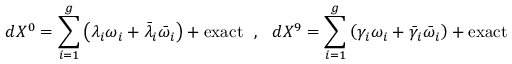
d X ^ { 0 } = \sum _ { i = 1 } ^ { g } \left( \lambda _ { i } \omega _ { i } + \bar { \lambda } _ { i } \bar { \omega } _ { i } \right) + \mathrm { e x a c t } ~ ~ , ~ ~ d X ^ { 9 } = \sum _ { i = 1 } ^ { g } \left( \gamma _ { i } \omega _ { i } + \bar { \gamma } _ { i } \bar { \omega } _ { i } \right) + \mathrm { e x a c t }